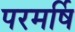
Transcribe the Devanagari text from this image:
परमर्षि